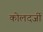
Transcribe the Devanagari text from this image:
कोलदर्जी